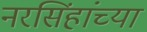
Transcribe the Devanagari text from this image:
नरसिंहांच्या